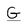
Character: G